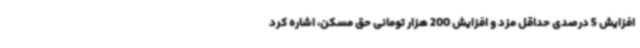
افزایش 5 درصدی حداقل مزد و افزایش 200 هزار تومانی حق مسکن، اشاره کرد